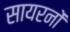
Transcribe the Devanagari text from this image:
सायरनों